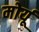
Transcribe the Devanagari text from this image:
मोर्यू